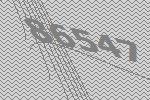
86547